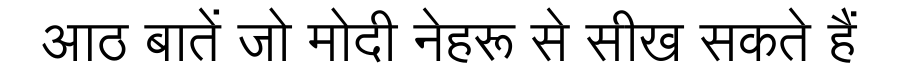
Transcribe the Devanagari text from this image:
आठ बातें जो मोदी नेहरू से सीख सकते हैं